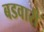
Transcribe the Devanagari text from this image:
बडवारी